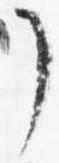
了